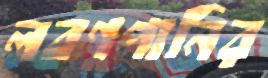
লবণপানির